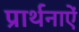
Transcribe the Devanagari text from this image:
प्रार्थनाऐं